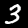
Label: 3